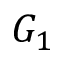
G _ { 1 }